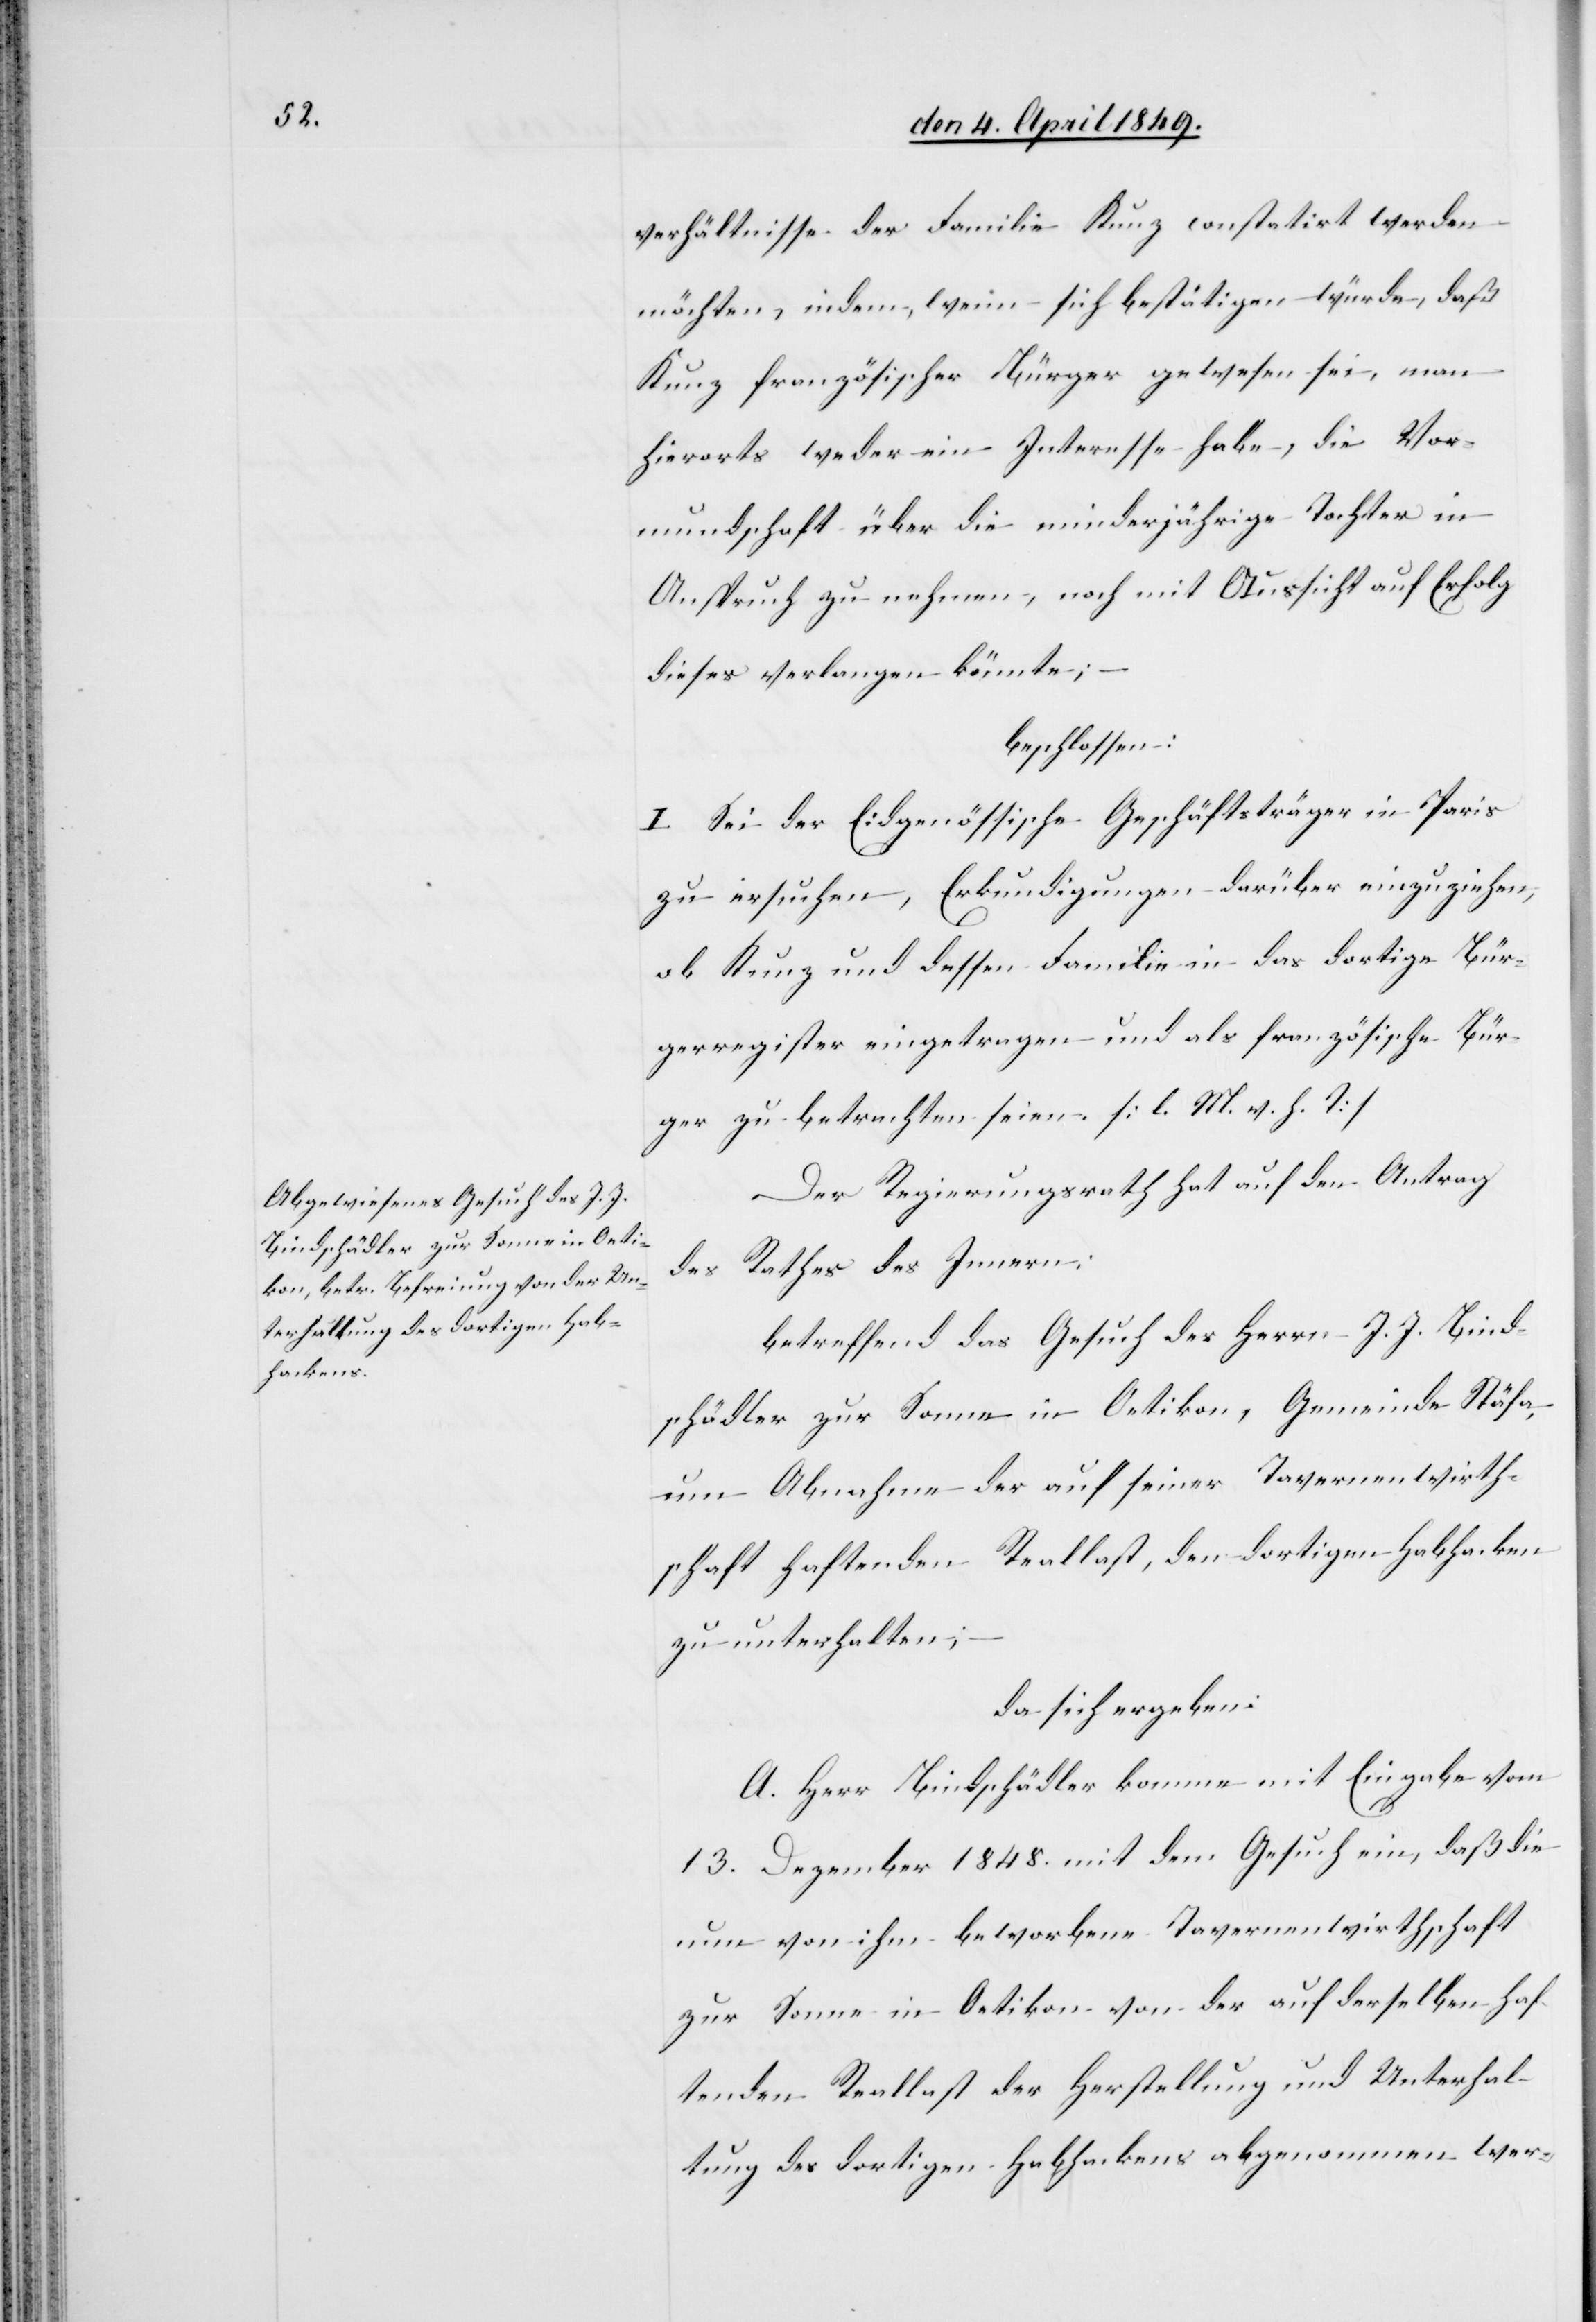
verhältnisse der Familie Kunz constatirt werden
möchten, indem, wenn sich bestätigen würde, daß
Kunz französischer Bürger gewesen sei, man
hierorts weder ein Interesse habe, die Vor¬
mundschaft über die minderjährige Tochter in
Anspruch zu nehmen, noch mit Aussicht auf Erfolg
dieses verlangen könnte;
beschlossen:
I. Sei der Eidgenössische Geschäftsträger in Paris
zu ersuchen, Erkundigungen darüber einzuziehen,
ob Kunz und dessen Familie in das dortige Bür¬
gerregister eingetragen und als französische Bür¬
ger zu betrachten seien. [l. M. h. T]
Der Regierungsrath hat auf den Antrag
Rathes des Innern:
des
betreffend das Gesuch des Herrn J. J. Bind¬
schädler zur Sonne in Oetikon, Gemeinde Stäfa,
um Abnahme der auf seiner Tavernenwirth¬
schaft haftenden Reallast, den dortigen Habhacken
zu unterhalten;
da sich ergeben:
A. Herr Bindschädler komme mit Eingabe vom
13. Dezember 1848. mit dem Gesuch ein, daß die
nun von ihm beworbene Tavernenwirthschaft
zur Sonne in Oetikon von der auf derselben haf¬
tenden Reallast der Herstellung und Unterhal¬
tung des dortigen Habhackens abgenommen wer-